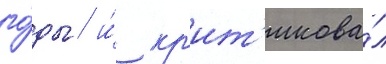
го́ды / и́ кр'ит'икова́л